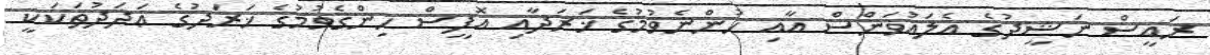
ރައީސް ނަޝީދުގެ އެލައުވަންސް އާއި ހުންނެވުމުގެ ޚަރަދާއި އޮފީސް ހިންގެވުމުގެ ޚަރަދުގެ ޢަދަދުތަކަކީ